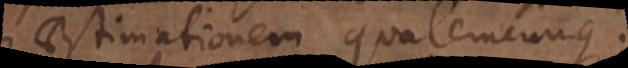
aestimationem qualemcunque.